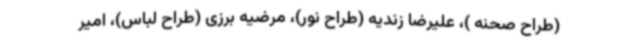
(طراح صحنه )، علیرضا زندیه (طراح نور)، مرضیه برزی (طراح لباس)، امیر